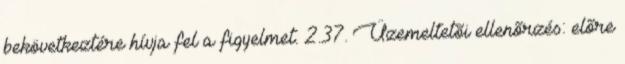
bekövetkeztére hívja fel a figyelmet. 2.37. Üzemeltetõi ellenõrzés: elõre